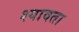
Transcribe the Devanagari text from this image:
श्यावता